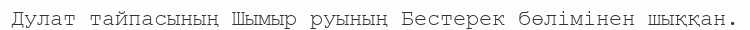
Дулат тайпасының Шымыр руының Бестерек бөлімінен шыққан.